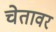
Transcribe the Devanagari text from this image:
चेतावर